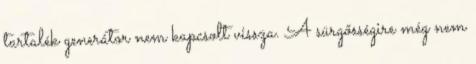
tartalék generátor nem kapcsolt vissza. A sürgősségire még nem